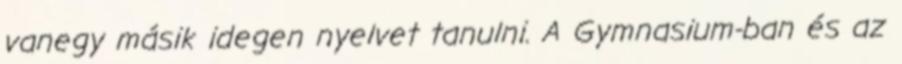
vanegy másik idegen nyelvet tanulni. A Gymnasium-ban és az